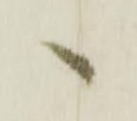
へ